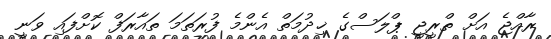
ރާއްޖެ އަށް ތްރީޖީ ޕްލަސްގެ ޚިދުމަތް އެންމެ ފުރަތަމަ ތައާރަފް ކޮށްފައި ވަނީ